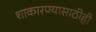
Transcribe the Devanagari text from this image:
शाकारण्यासाठीही